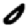
Digit: 0